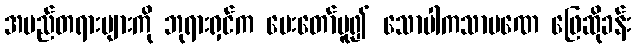
အမည်တရားများကို ဘုရားရှင်က မေးတော်မူ၍ သောပါကသာမဏေ ဖြေဆိုခန်း